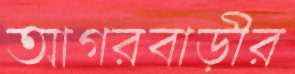
আগরবাড়ীর